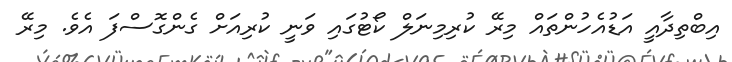
އިބްތިދާއީ އަޑުއެހުންތައް މިރޭ ކުރިމިނަލް ކޯޓުގައި ވަނީ ކުރިއަށް ގެންގޮސްފަ އެވެ. މިރޭ